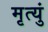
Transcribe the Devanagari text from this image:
मृत्युं